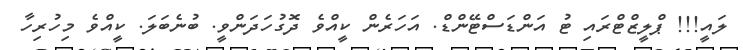
ލައީ!!! ޕްލީޒްޓްރައި ޓު އަންޑަސްޓޭންޑް. އަހަރެން ކީއްވެ ދޮގުހަދަންވީ. ބުނެބަލަ. ކީއްވެ މިހުރިހާ